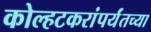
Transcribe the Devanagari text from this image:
कोल्हटकरांपर्यंतच्या